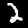
Digit: 2